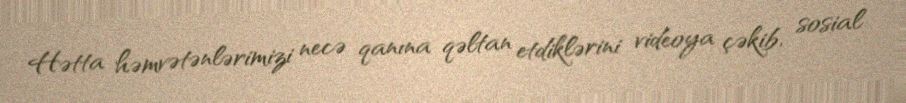
Hətta həmvətənlərimizi necə qanına qəltan etdiklərini videoya çəkib, sosial